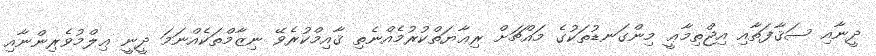
ދީނާއި ސަޤާފަތާއި އިޖްތިމާޢީ މިންގަނޑުތަކުގެ މައްޗަށް ރިޢާޔަތްކުރުމެއްނެތި ޤާއިމްކުރެވޭ ނިޒާމްތަކެއްނަމަ ދީނީ ޢިލްމުވެރިންނާއި